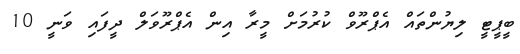
ބީޕީޓީ ލިޔުންތައް އެޕްރޫވް ކުރުމަށް މީރާ އިން އެޕްރޫވަލް ދީފައި ވަނީ 10